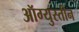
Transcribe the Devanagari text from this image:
ऑग्युस्तीन